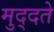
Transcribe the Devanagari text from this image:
मुद्दते